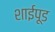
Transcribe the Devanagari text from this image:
शाईपूड